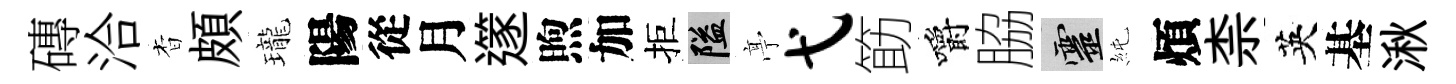
磚洽杳頗瓏陽從月𨗹煦加拒隘𠅘弋筯嚼脇靈純煩柰英基湫